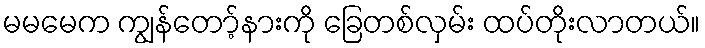
မမမေက ကျွန်တော့်နားကို ခြေတစ်လှမ်း ထပ်တိုးလာတယ်။